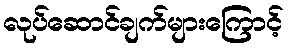
လုပ်ဆောင်ချက်များကြောင့်